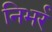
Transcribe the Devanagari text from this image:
निभर्र